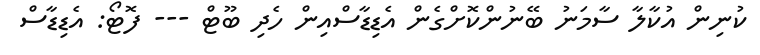
ކުނިން އުކާލާ ސާމަނު ބޭނުންކޮށްގެން އެޑިޑާސްއިން ހެދި ބޫޓް --- ފޮޓޯ: އެޑިޑާސް